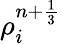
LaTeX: {\rho}_{i}^{n+\frac{1}{3}}